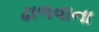
ઢાળવાના